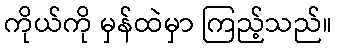
ကိုယ်ကို မှန်ထဲမှာ ကြည့်သည်။